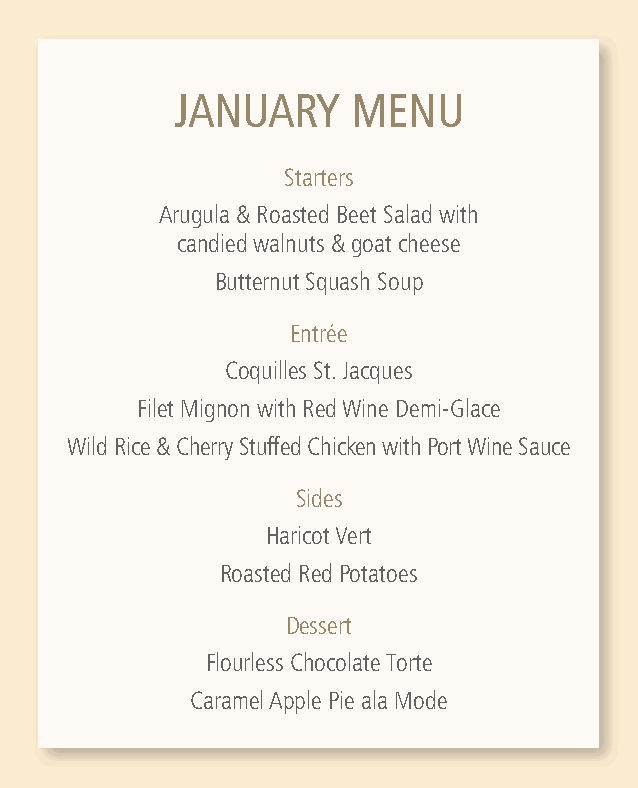
JANUARY     MENU
 Starters
 Arugula & Roasted Beet Salad with
 candied walnuts & goat cheese
 Butternut Squash Soup
 Entrée
 Coquilles St. Jacques
 Filet Mignon with Red Wine Demi-Glace
 Wild Rice & Cherry Stuffed Chicken with Port Wine Sauce
 Sides
 Haricot Vert
 Roasted Red Potatoes
 Dessert
 Flourless Chocolate Torte
 Caramel Apple Pie ala Mode